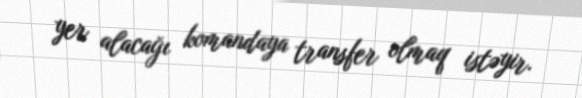
yer alacağı komandaya transfer olmaq istəyir.